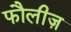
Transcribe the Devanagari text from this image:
फौलीज़